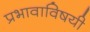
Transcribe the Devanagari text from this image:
प्रभावाविषयी